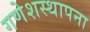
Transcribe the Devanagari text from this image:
गणेशस्थापना